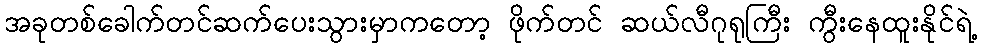
အခုတစ်ခေါက်တင်ဆက်ပေးသွားမှာကတော့ ဖိုက်တင် ဆယ်လီဂုရုကြီး ကွီးနေထူးနိုင်ရဲ့